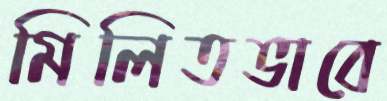
মিলিতভাবে